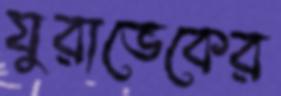
যুরাভেকের